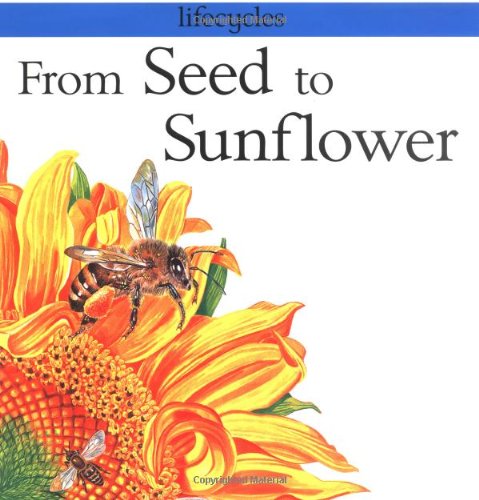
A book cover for From Seed to Sunflower (Lifecycles); Gerald, PhD Legg; Children's Books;